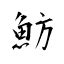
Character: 魴